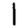
Digit: 1